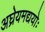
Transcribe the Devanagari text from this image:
अघ्रेयमद्ययोः